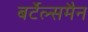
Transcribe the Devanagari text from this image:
बर्टेल्समैन